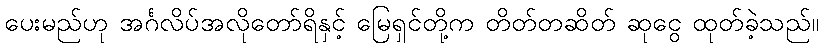
ပေးမည်ဟု အင်္ဂလိပ်အလိုတော်ရိနှင့် မြေရှင်တို့က တိတ်တဆိတ် ဆုငွေ ထုတ်ခဲ့သည်။